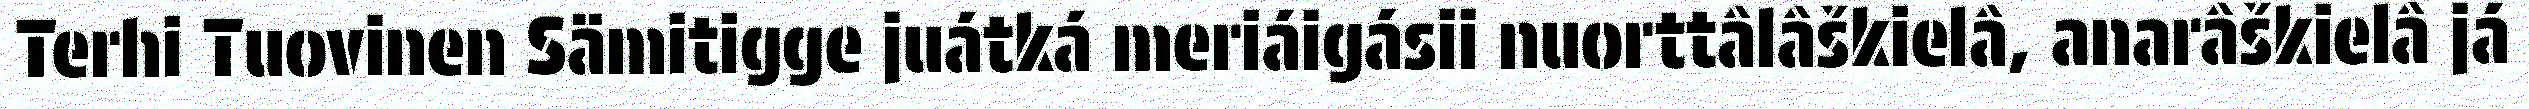
Terhi Tuovinen Sämitigge juátká meriáigásii nuorttâlâškielâ, anarâškielâ já